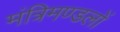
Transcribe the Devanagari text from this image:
मंत्रिमण्डलों